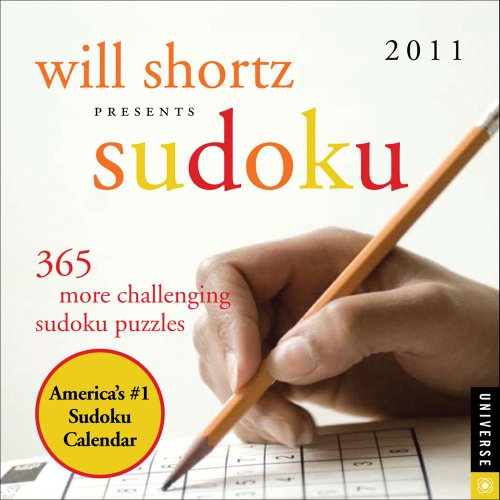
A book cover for Will Shortz Presents Sudoku: 365 More Challenging Puzzles: 2011 Day-to-Day Calendar; Will Shortz; Calendars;